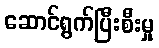
ဆောင်ရွက်ပြီးစီးမှု